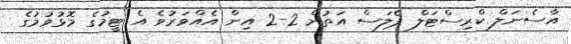
އާސެނަލް ކްރިސްޓަލް ޕެލަސް އަތުން 2-2 އިން އެއްވަރުވެ އެ ޓީމުގެ މޮޅުވުމުގެ